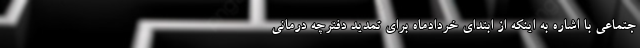
جتماعی با اشاره به اینکه از ابتدای خردادماه برای تمدید دفترچه درمانی